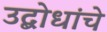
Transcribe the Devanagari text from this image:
उद्बोधांचे